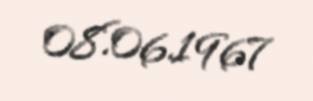
08.06.1967